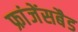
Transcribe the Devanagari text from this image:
फ्रांजेंसबैड